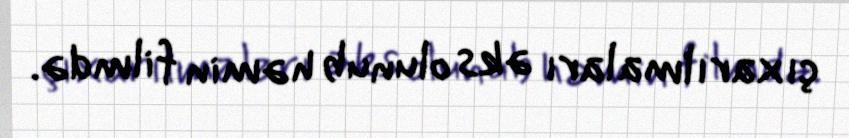
çıxarılmaları əks olunub həmin filmdə.